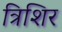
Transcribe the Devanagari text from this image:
त्रिशिर